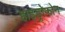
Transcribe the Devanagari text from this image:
हाइड्रोफोन